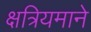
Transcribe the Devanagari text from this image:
क्षत्रियमाने